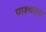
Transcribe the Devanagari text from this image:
पाश्‍चात्‍य